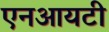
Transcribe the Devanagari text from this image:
एनआयटी